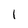
Character: 1